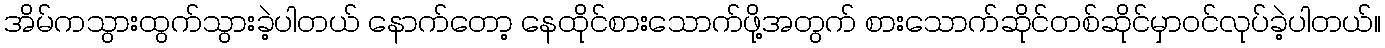
အိမ်ကသွားထွက်သွားခဲ့ပါတယ် နောက်တော့ နေထိုင်စားသောက်ဖို့အတွက် စားသောက်ဆိုင်တစ်ဆိုင်မှာဝင်လုပ်ခဲ့ပါတယ်။